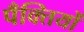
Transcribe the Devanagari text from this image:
पँक्तियों